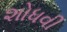
શોધવી